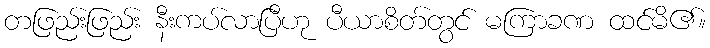
တဖြည်းဖြည်း နီးကပ်လာပြီဟု ပီယာစိတ်တွင် မကြာခဏ ထင်မိ၏။